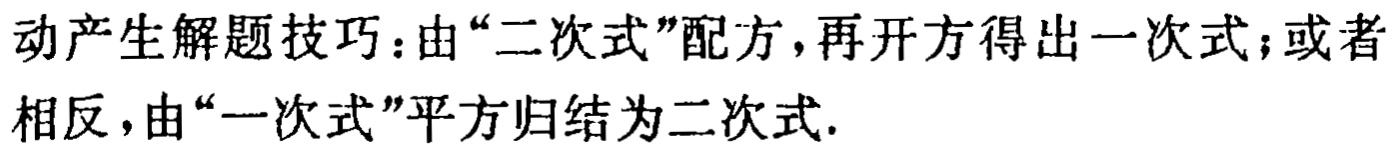
动产生解题技巧：由“二次式”配方，再开方得出一次式；或者相反，由“一次式”平方归结为二次式.